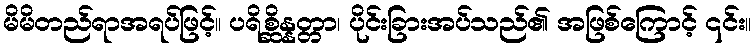
မိမိတည်ရာအရပ်ဖြင့်။ ပရိစ္ဆိန္နတ္တာ၊ ပိုင်းခြားအပ်သည်၏ အဖြစ်ကြောင့် ၎င်း။